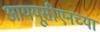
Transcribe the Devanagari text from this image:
आययूसीएनच्या